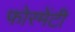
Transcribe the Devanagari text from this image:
फोरमेंटी